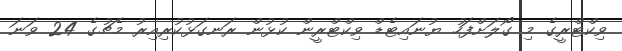
ވިކްޓްރީގެ މި ގޯލަށްފަހު ޔުނައިޓެޑް ވިކްޓްރީން ކުޅުން ރަނގަޅުކުރިއިރު މެޗުގެ 24 ވަނަ